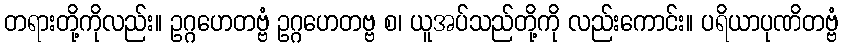
တရားတို့ကိုလည်း။ ဥဂ္ဂဟေတဗ္ဗံ ဥဂ္ဂဟေတဗ္ဗ စ၊ ယူအပ်သည်တို့ကို လည်းကောင်း။ ပရိယာပုဏိတဗ္ဗံ